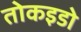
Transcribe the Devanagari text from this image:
तोकइडो